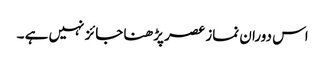
اس دوران نماز عصر پڑھنا جائز نہیں ہے ۔